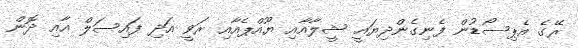
ރޭގެ އެޕިސޯޑުން ފެނިގެންދިޔައީ ޝީލާއާއި ޔޫއްޕެއާއި ރަވީ އަދި ފައިސަލް އާއި ދޮން